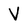
Character: V